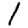
Digit: 1